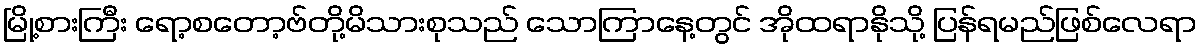
မြို့စားကြီး ရော့စတော့ဗ်တို့မိသားစုသည် သောကြာနေ့တွင် အိုထရာနိုသို့ ပြန်ရမည်ဖြစ်လေရာ